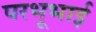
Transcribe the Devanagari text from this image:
परभूभाई